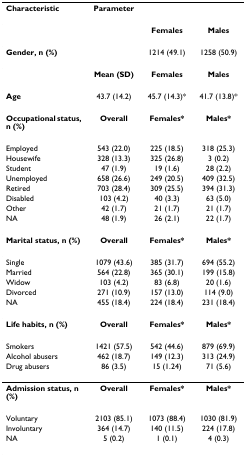
<table><thead><tr><td><b>Characteristic</b></td><td><b>Parameter</b></td><td></td><td></td></tr></thead><tbody><tr><td></td><td></td><td><b>Females</b></td><td><b>Males</b></td></tr><tr><td><b>Gender, n (%)</b></td><td></td><td>1214 (49.1)</td><td>1258 (50.9)</td></tr><tr><td></td><td><b>Mean (SD)</b></td><td><b>Females</b></td><td><b>Males</b></td></tr><tr><td><b>Age</b></td><td>43.7 (14.2)</td><td>45.7 (14.3)*</td><td>41.7 (13.8)*</td></tr><tr><td><b>Occupational status, n (%)</b></td><td><b>Overall</b></td><td><b>Females*</b></td><td><b>Males*</b></td></tr><tr><td>Employed</td><td>543 (22.0)</td><td>225 (18.5)</td><td>318 (25.3)</td></tr><tr><td>Housewife</td><td>328 (13.3)</td><td>325 (26.8)</td><td>3 (0.2)</td></tr><tr><td>Student</td><td>47 (1.9)</td><td>19 (1.6)</td><td>28 (2.2)</td></tr><tr><td>Unemployed</td><td>658 (26.6)</td><td>249 (20.5)</td><td>409 (32.5)</td></tr><tr><td>Retired</td><td>703 (28.4)</td><td>309 (25.5)</td><td>394 (31.3)</td></tr><tr><td>Disabled</td><td>103 (4.2)</td><td>40 (3.3)</td><td>63 (5.0)</td></tr><tr><td>Other</td><td>42 (1.7)</td><td>21 (1.7)</td><td>21 (1.7)</td></tr><tr><td>NA</td><td>48 (1.9)</td><td>26 (2.1)</td><td>22 (1.7)</td></tr><tr><td><b>Marital status, n (%)</b></td><td><b>Overall</b></td><td><b>Females*</b></td><td><b>Males*</b></td></tr><tr><td>Single</td><td>1079 (43.6)</td><td>385 (31.7)</td><td>694 (55.2)</td></tr><tr><td>Married</td><td>564 (22.8)</td><td>365 (30.1)</td><td>199 (15.8)</td></tr><tr><td>Widow</td><td>103 (4.2)</td><td>83 (6.8)</td><td>20 (1.6)</td></tr><tr><td>Divorced</td><td>271 (10.9)</td><td>157 (13.0)</td><td>114 (9.0)</td></tr><tr><td>NA</td><td>455 (18.4)</td><td>224 (18.4)</td><td>231 (18.4)</td></tr><tr><td><b>Life habits, n (%)</b></td><td><b>Overall</b></td><td><b>Females*</b></td><td><b>Males*</b></td></tr><tr><td>Smokers</td><td>1421 (57.5)</td><td>542 (44.6)</td><td>879 (69.9)</td></tr><tr><td>Alcohol abusers</td><td>462 (18.7)</td><td>149 (12.3)</td><td>313 (24.9)</td></tr><tr><td>Drug abusers</td><td>86 (3.5)</td><td>15 (1.24)</td><td>71 (5.6)</td></tr><tr><td><b>Admission status, n (%)</b></td><td><b>Overall</b></td><td><b>Females*</b></td><td><b>Males*</b></td></tr><tr><td>Voluntary</td><td>2103 (85.1)</td><td>1073 (88.4)</td><td>1030 (81.9)</td></tr><tr><td>Involuntary</td><td>364 (14.7)</td><td>140 (11.5)</td><td>224 (17.8)</td></tr><tr><td>NA</td><td>5 (0.2)</td><td>1 (0.1)</td><td>4 (0.3)</td></tr></tbody></table>